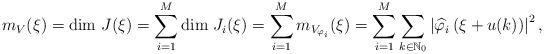
LaTeX: \begin{align*}m_{V}(\xi)= \mbox{dim} \ J(\xi)= \sum_{i=1}^M \mbox{dim} \ J_i(\xi)=\sum_{i=1}^M m_{V_{\varphi_{i}}}(\xi)= \sum_{i=1}^M\sum_{k\in \mathbb N_0} \left|\widehat{\varphi}_i\left(\xi+u(k)\right)\right|^2 ,\end{align*}